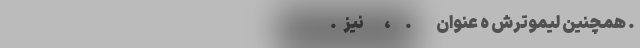
. همچنین لیموترش ه عنوان            .       ،          نیز   .